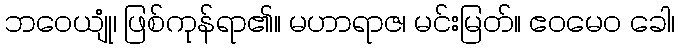
ဘဝေယျုံ၊ ဖြစ်ကုန်ရာ၏။ မဟာရာဇ၊ မင်းမြတ်။ ဧဝမေဝ ခေါ၊